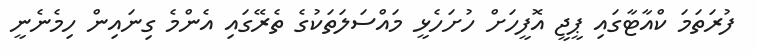
ފުރަތަމަ ކްއާޓާގައި ޕީޖީ އޮފީހަށް ހުށަހެޅީ މައްސަލަތަކުގެ ތެރޭގައި އެންމެ ގިނައިން ހިމެނެނީ